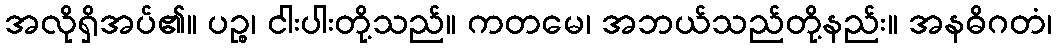
အလိုရှိအပ်၏။ ပဉ္စ၊ ငါးပါးတို့သည်။ ကတမေ၊ အဘယ်သည်တို့နည်း။ အနဓိဂတံ၊